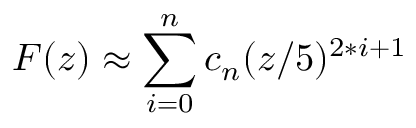
F ( z ) \approx \sum _ { i = 0 } ^ { n } c _ { n } ( z / 5 ) ^ { 2 * i + 1 }